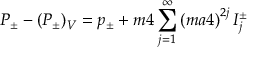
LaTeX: P _ { \pm } - ( P _ { \pm } ) _ { V } = p _ { \pm } + { m \o 4 } \sum _ { j = 1 } ^ { \infty } \left( { { m a } \o 4 } \right) ^ { 2 j } I _ { j } ^ { \pm }